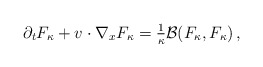
\begin{align*}\begin{aligned}\partial_t F_\kappa + v \cdot \nabla_x F_\kappa = \tfrac{1}{\kappa} \mathcal{B} (F_\kappa, F_\kappa) \,,\end{aligned}\end{align*}